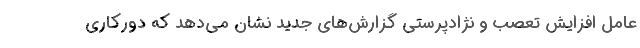
عامل افزایش تعصب و نژادپرستی گزارش‌های جدید نشان می‌دهد که دورکاری